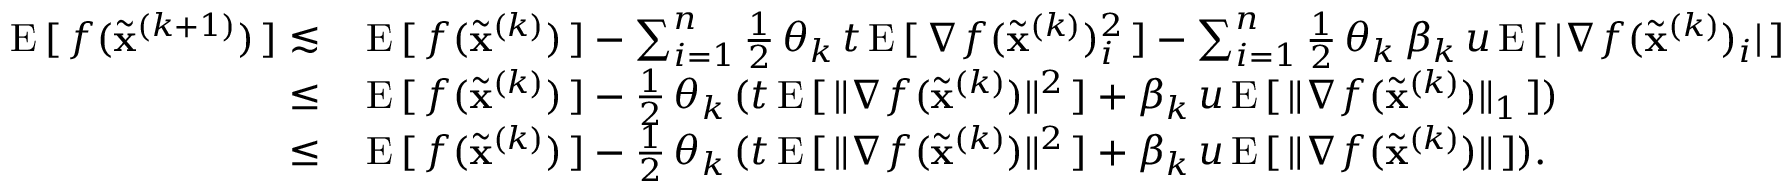
\begin{array} { r l } { \mathrm { E } \, [ \, f ( \widetilde \mathbf { x } ^ { ( k + 1 ) } ) \, ] \lesssim \, } & { \mathrm { E } \, [ \, f ( \widetilde \mathbf { x } ^ { ( k ) } ) \, ] - \sum _ { i = 1 } ^ { n } \frac { 1 } { 2 } \, \theta _ { k } \, t \, \mathrm { E } \, [ \, \nabla f ( \widetilde \mathbf { x } ^ { ( k ) } ) _ { i } ^ { 2 } \, ] - \sum _ { i = 1 } ^ { n } \frac { 1 } { 2 } \, \theta _ { k } \, \beta _ { k } \, u \, \mathrm { E } \, [ \, \vert \nabla f ( \widetilde \mathbf { x } ^ { ( k ) } ) _ { i } \vert \, ] } \\ { \le \, } & { \mathrm { E } \, [ \, f ( \widetilde \mathbf { x } ^ { ( k ) } ) \, ] - \frac { 1 } { 2 } \, \theta _ { k } \, ( t \, \mathrm { E } \, [ \, \Vert \nabla f ( \widetilde \mathbf { x } ^ { ( k ) } ) \Vert ^ { 2 } \, ] + \beta _ { k } \, u \, \mathrm { E } \, [ \, \Vert \nabla f ( \widetilde \mathbf { x } ^ { ( k ) } ) \Vert _ { 1 } \, ] ) } \\ { \le \, } & { \mathrm { E } \, [ \, f ( \widetilde \mathbf { x } ^ { ( k ) } ) \, ] - \frac { 1 } { 2 } \, \theta _ { k } \, ( t \, \mathrm { E } \, [ \, \Vert \nabla f ( \widetilde \mathbf { x } ^ { ( k ) } ) \Vert ^ { 2 } \, ] + \beta _ { k } \, u \, \mathrm { E } \, [ \, \Vert \nabla f ( \widetilde \mathbf { x } ^ { ( k ) } ) \Vert \, ] ) . } \end{array}